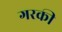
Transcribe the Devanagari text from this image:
गरकी